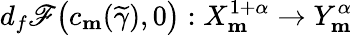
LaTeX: d_{f}\mathscr{F}\big(c_{\mathbf{m}}(\widetilde{\gamma}),0\big):X_{\mathbf{m}}^{1+\alpha}\rightarrow Y_{\mathbf{m}}^{\alpha}